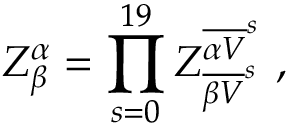
Z _ { \beta } ^ { \alpha } = \prod _ { s = 0 } ^ { 1 9 } Z _ { { \overline { { { \beta V } } } } ^ { s } } ^ { { \overline { { { \alpha V } } } } ^ { s } } ~ ,